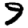
Digit: 9